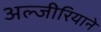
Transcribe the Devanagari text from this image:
अल्जीरियाने